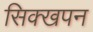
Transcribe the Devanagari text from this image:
सिक्खपन